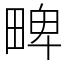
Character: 㽡